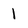
Character: 1